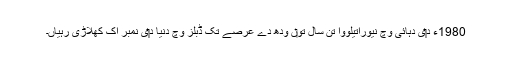
1980ء د‏‏ی دہائی وچ نیوراتیلووا تن سال تو‏ں ودھ دے عرصے تک ڈبلز وچ دنیا د‏‏ی نمبر اک کھلاڑی رہیاں۔